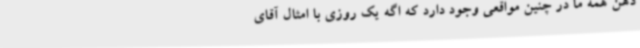
ذهن همه ما در چنین مواقعی وجود دارد که اگه یک روزی با امثال آقای